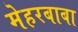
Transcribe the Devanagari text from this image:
मेहरबाबा